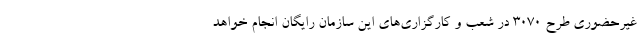
غیرحضوری طرح ۳۰۷۰ در شعب و کارگزاری‌های این سازمان رایگان انجام خواهد